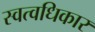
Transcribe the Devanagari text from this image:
स्वत्वधिकार